Vaccine operations Central Provinces 1868-1885 - 1868-1885
Year: 1868
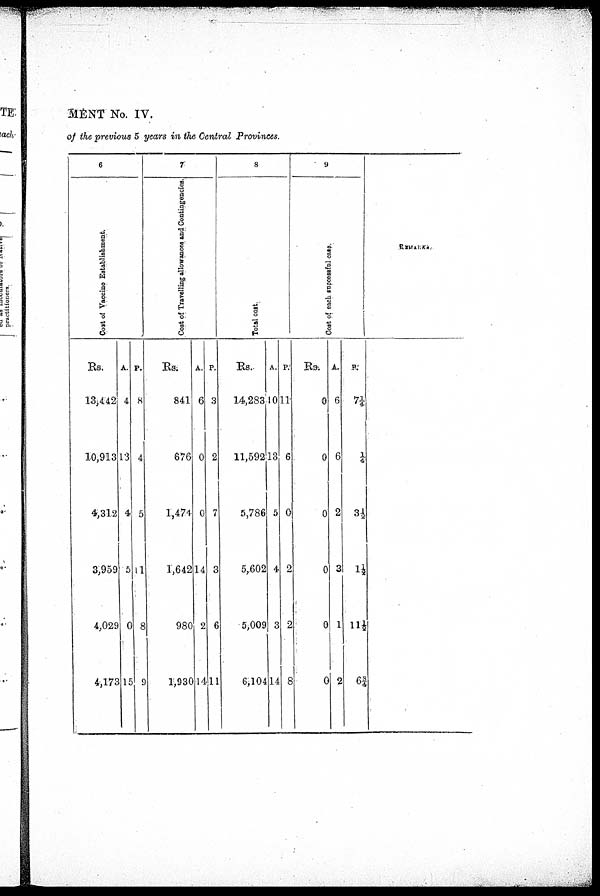
MENT No. IV.
of the previous 5 years in the Central Provinces.
6
Cost of Vaccine Establishment.
Rs.
13,442
10,913
4,312
3,959
4,029
4,173
A.
4
13
4
5
0
15
P.
8
4
5
11
8
9
7
Cost of Travelling allowances and Contingencies.
Rs;
841
676
1,474
1,642
980
1,930
A.
6
0
0
14
2
14
P.
3
2
7
3
6
11
8
Total cost.
Rs.
14,283
11,592
5,786
5,602
5,009
6,104
A.
10
13
5
4
3
14
P.
11
6
0
2
2
8
9
Cost of each successful case.
Rs.
0
0
0
0
0
0
A.
6
6
2
3
1
2
P.
7¼
¼
3½
1½
11½
6¾
REMARKS.